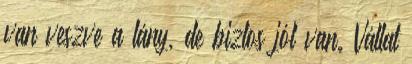
van veszve a lány, de biztos jól van. Vállat